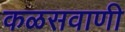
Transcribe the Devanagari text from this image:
कळसवाणी